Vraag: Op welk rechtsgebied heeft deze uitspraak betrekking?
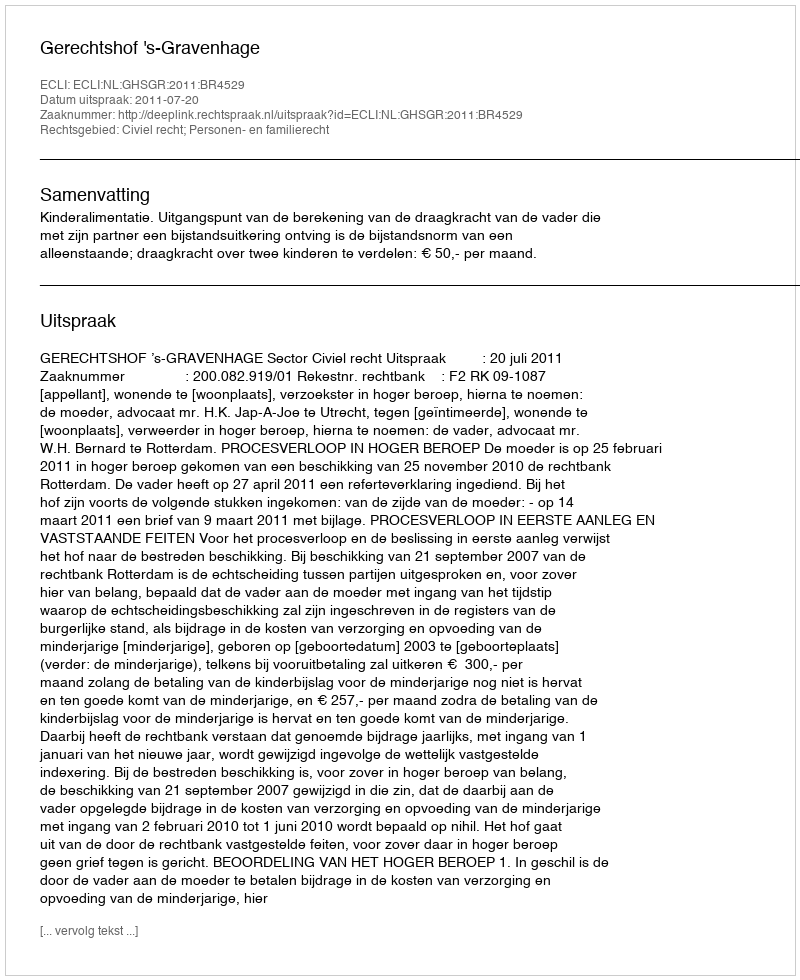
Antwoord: Civiel recht; Personen- en familierecht